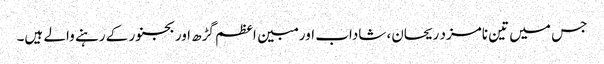
جس میں تین نامزد ریحان، شاداب اور مبین اعظم گڑھ اور بجنور کے رہنے والے ہیں۔